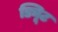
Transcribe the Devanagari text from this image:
ड्यिूट